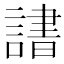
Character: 𬣄